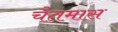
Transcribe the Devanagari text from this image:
चैतमास